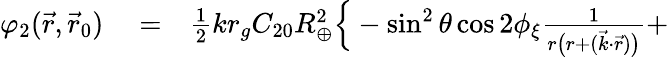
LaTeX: \begin{array}{rlr}{\varphi_{2}(\vec{r},\vec{r}_{0})}&{{}=}&{{\textstyle\frac{1}{2}}kr_{g}C_{20}R_{\oplus}^{2}\Big\{ -\sin^{2}\theta\cos 2\phi_{\xi}\frac{1}{r\big(r+({\vec{k}}\cdot{\vec{r}})\big)}+}\end{array}